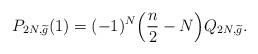
LaTeX: \begin{align*}P_{2N, \widetilde g} (1) = (-1)^N \Big( \frac n2 - N \Big) Q_{2N, \widetilde g}.\end{align*}